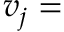
v _ { j } =